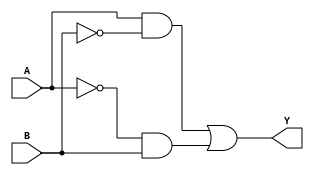
module xor_gate(
    input A,
    input B,
    output Y
);

wire A_inv, B_inv;
wire A_and, B_and;
wire Y_or;

assign A_inv = ~A;
assign B_inv = ~B;

assign A_and = A & B_inv;
assign B_and = A_inv & B;

assign Y_or = A_and | B_and;

assign Y = Y_or;

endmodule